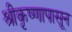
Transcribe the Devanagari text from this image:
श्रीकृष्णापासून